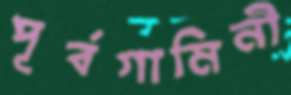
পূর্বগামিনী